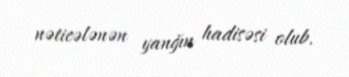
nəticələnən yanğın hadisəsi olub.